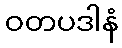
ဝတပဒါနံ